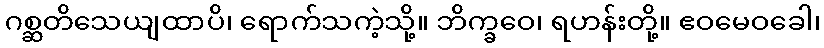
ဂစ္ဆတိသေယျထာပိ၊ ရောက်သကဲ့သို့။ ဘိက္ခဝေ၊ ရဟန်းတို့။ ဧဝမေဝခေါ၊